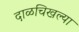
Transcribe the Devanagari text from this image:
दाळचिखल्या